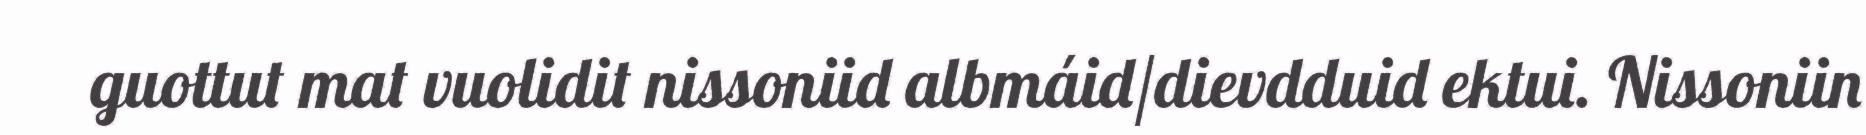
guottut mat vuolidit nissoniid albmáid/dievdduid ektui. Nissoniin